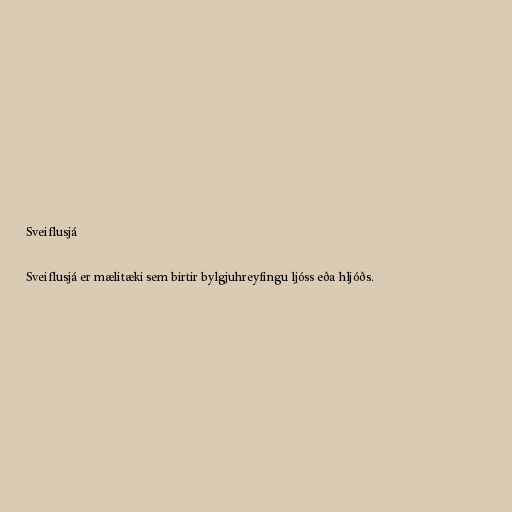
Sveiflusjá

Sveiflusjá er mælitæki sem birtir bylgjuhreyfingu ljóss eða hljóðs.